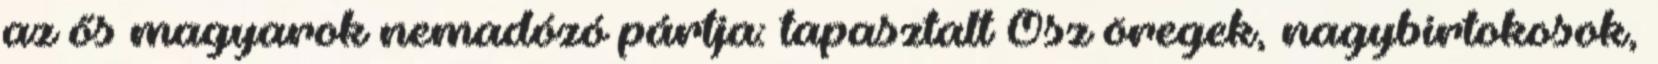
az ős magyarok nemadózó pártja: tapasztalt Ősz öregek, nagybirtokosok,